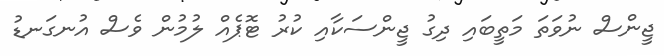
ޖީންސް ނުވަތަ މަތީބައި ދިގު ޖީންސަކާއި ކުރު ޓޮޕެއް ލުމުން ވެސް އުނގަނޑު